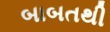
બાબતથી